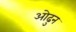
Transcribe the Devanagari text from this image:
ओढुन